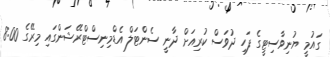
ގައުމީ ޔުނިވާސިޓީގެ ފަހި ދުވަސް ކުރިއަށް ދާނީ ސެންޓަލް އެޑްމިނިސްޓްރޭޝަންގައި މިރޭގެ 8:00